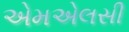
એમએલસી